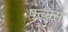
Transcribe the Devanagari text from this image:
फ्ल्क्स